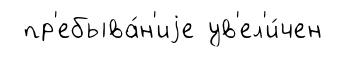
пр'ебыва́н'иjе ув'ел'и́чен